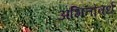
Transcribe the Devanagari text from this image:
अभितोवर्ध